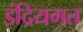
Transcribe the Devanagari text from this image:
इंद्रियगत